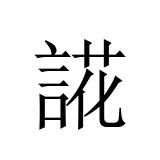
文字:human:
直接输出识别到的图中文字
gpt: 誮